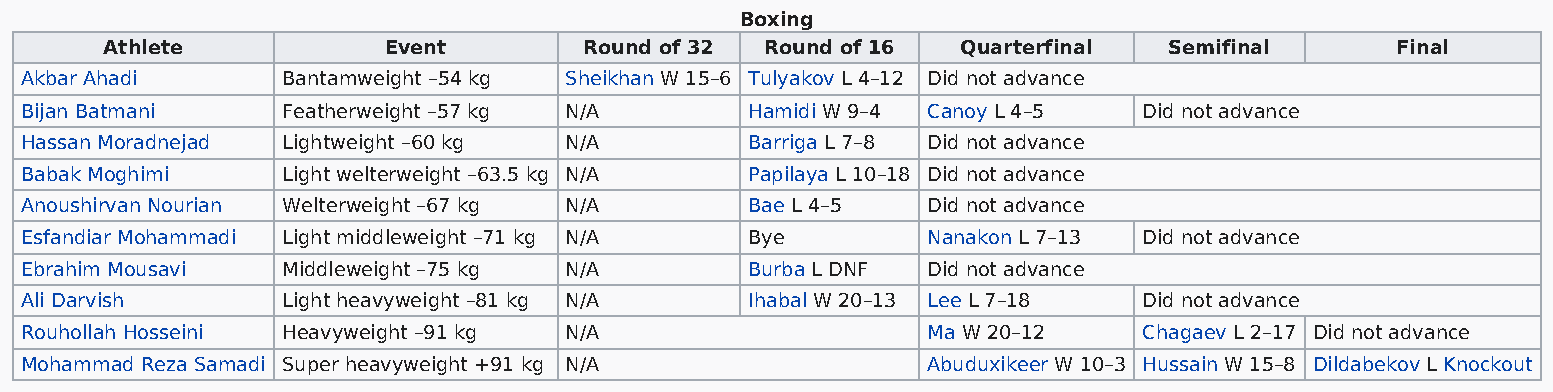
Boxing
 Athlete           Event         Round of 32 Round of 16  Quarterfinal Semifinal      Final
 Akbar Ahadi       Bantamweight –54 kg Sheikhan W 15–6 Tulyakov L 4–12 Did not advance
 Bijan Batmani     Featherweight –57 kg N/A       Hamidi W 9–4 Canoy L 4–5  Did not advance
 Hassan Moradnejad Lightweight –60 kg N/A         Barriga L 7–8 Did not advance
 Babak Moghimi     Light welterweight –63.5 kg N/A Papilaya L 10–18 Did not advance
 Anoushirvan Nourian Welterweight –67 kg N/A      Bae L 4–5  Did not advance
 Esfandiar Mohammadi Light middleweight –71 kg N/A Bye       Nanakon L 7–13 Did not advance
 Ebrahim Mousavi   Middleweight –75 kg N/A        Burba L DNF Did not advance
 Ali Darvish       Light heavyweight –81 kg N/A   Ihabal W 20–13 Lee L 7–18 Did not advance
 Rouhollah Hosseini Heavyweight –91 kg N/A                   Ma W 20–12     Chagaev L 2–17 Did not advance
 Mohammad Reza Samadi Super heavyweight +91 kg N/A           Abuduxikeer W 10–3 Hussain W 15–8 Dildabekov L Knockout